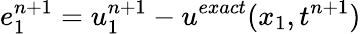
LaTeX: e_{1}^{n+1}=u_{1}^{n+1}-u^{exact}(x_{1},t^{n+1})